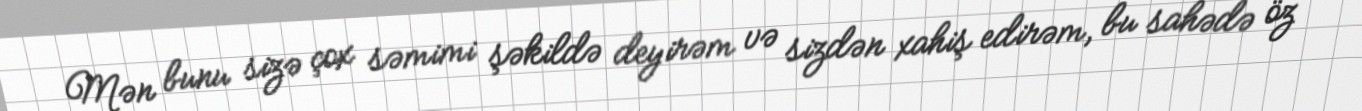
Mən bunu sizə çox səmimi şəkildə deyirəm və sizdən xahiş edirəm, bu sahədə öz